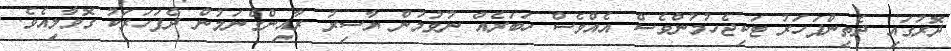
ދޮރުގައި ދެތިންފަހަރު ޓަކިޖެހުމުންވެސް އެއްވެސް ހަބަރެއް ނުވުމުން ޔާސިރު ރާއިންގެނަމުން ދެފަހަރަކު ގޮވާލިއެވެ.